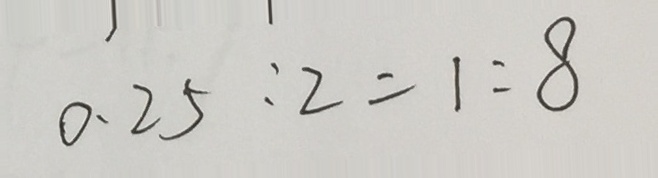
0 . 2 5 : 2 = 1 : 8